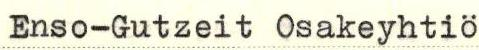
Enso-Gutzeit Osakeyhtiö